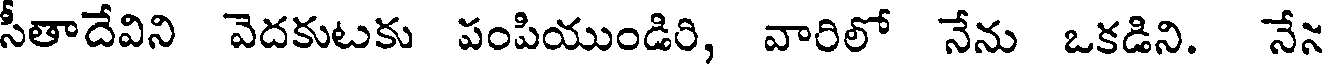
సీతాదేవిని వెదకుటకు పంపియుండిరి, వారిలో నేను ఒకడిని. నేస